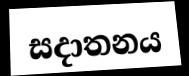
සදාතනය